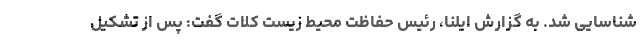
شناسایی شد. به گزارش ایلنا، رئیس حفاظت محیط زیست کلات گفت: پس از تشکیل